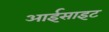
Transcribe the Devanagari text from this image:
आईसाइट